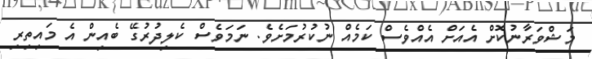
މަޝްވަރާނުކޮށް އެއަށް އެއްވެސް ކަމެއް ނުކުރުމަށެވެ. ނަމަވެސް ކެލިދުރުގޭ ބެއިން އެ މައިތިރި